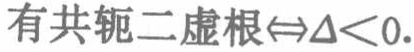
有共轭二虚根$\Leftrightarrow\Delta<0$.